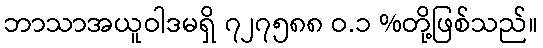
ဘာသာအယူဝါဒမရှိ ၇၂၇၅၈၈ ဝ.၁ %တို့ဖြစ်သည်။